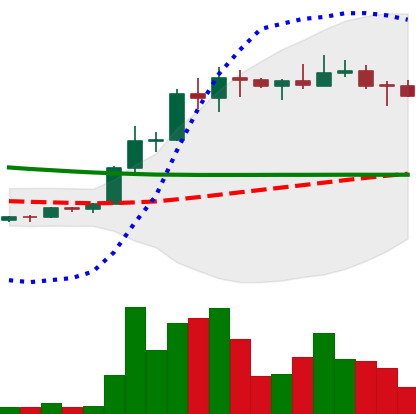
Ticker: ETC-USD
Chart end date: 2022-04-02
Forward return: -4.515%
Label: down_3_5